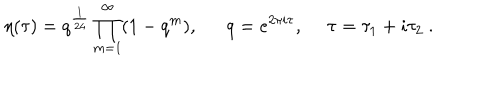
\eta ( \tau ) = q ^ { \frac { 1 } { 2 4 } } \prod _ { m = 1 } ^ { \infty } ( 1 - q ^ { m } ) , q = e ^ { 2 \pi i \tau } , ~ ~ \tau = \tau _ { 1 } + i \tau _ { 2 } \ .